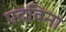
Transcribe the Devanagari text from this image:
एदविना